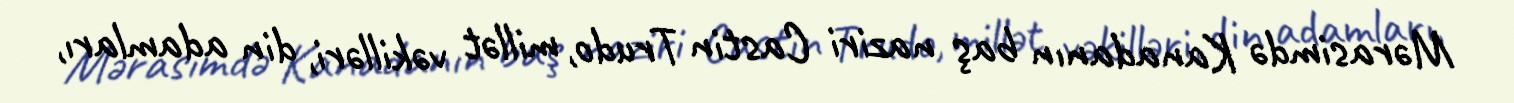
Mərasimdə Kanadanın baş naziri Castin Trudo, millət vəkilləri, din adamları,